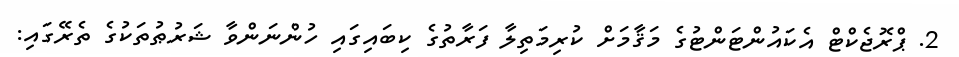
2. ޕްރޮޖެކްޓް އެކައުންޓަންޓުގެ މަޤާމަށް ކުރިމަތިލާ ފަރާތުގެ ކިބައިގައި ހުންނަންވާ ޝަރުޠުތަކުގެ ތެރޭގައި: